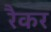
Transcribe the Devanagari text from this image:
रैकर